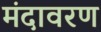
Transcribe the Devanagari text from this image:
मंदावरण